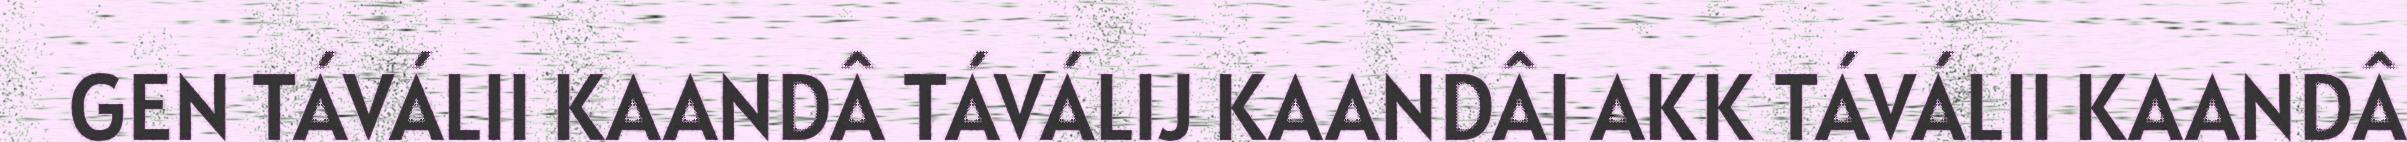
GEN TÁVÁLII KAANDÂ TÁVÁLIJ KAANDÂI AKK TÁVÁLII KAANDÂ